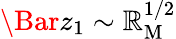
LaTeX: \Bar{z}_{1}\sim\mathbb{R}_{\mathrm{{M}}}^{1/2}